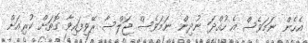
އެހެން ނަމަވެސް އެ ހުއްދަ ނުދިން ނަމަވެސް ޖަލްސާ ރޭވިފައިވާ ގޮތަށް ކުރިއަށް